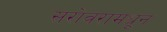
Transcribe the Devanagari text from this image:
सरोवरामधून